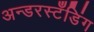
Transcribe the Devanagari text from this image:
अन्डरस्टँडिंग